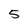
Character: 5